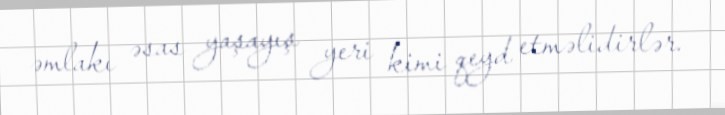
əmlakı əsas yaşayış yeri kimi qeyd etməlidirlər.